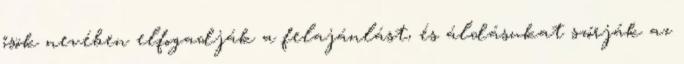
ősök nevében elfogadják a felajánlást, és áldásukat szórják az